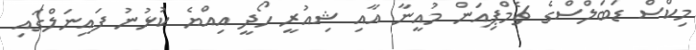
މިކްސް ޑަބަލްސްގެ ޗެމްޕިއަން މުއީނާ އާއި ޝިއުރީ ހޯދީ އިއްޔެ ކުޅުނު ފައިނަލްގައި